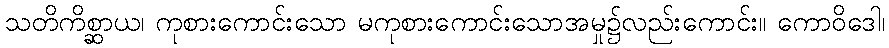
သတိကိစ္ဆာယ၊ ကုစားကောင်းသော မကုစားကောင်းသောအမှု၌လည်းကောင်း။ ကောဝိဒေါ၊